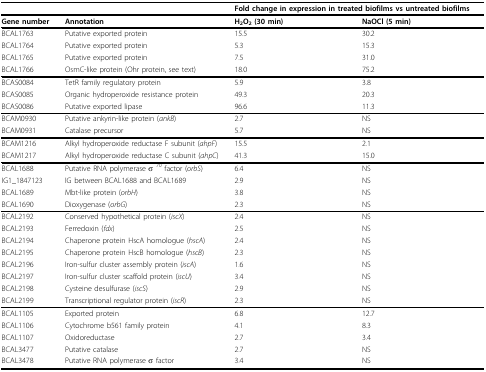
<table><thead><tr><td></td><td></td><td colspan="2"><b>Fold change in expression in treated biofilms vs untreated biofilms</b></td></tr></thead><tbody><tr><td><b>Gene number</b></td><td><b>Annotation</b></td><td><b>H</b><sub><b>2</b></sub><b>O</b><sub><b>2 </b></sub><b>(30 min)</b></td><td><b>NaOCl (5 min)</b></td></tr><tr><td>BCAL1763</td><td>Putative exported protein</td><td>15.5</td><td>30.2</td></tr><tr><td>BCAL1764</td><td>Putative exported protein</td><td>5.3</td><td>15.3</td></tr><tr><td>BCAL1765</td><td>Putative exported protein</td><td>7.5</td><td>31.0</td></tr><tr><td>BCAL1766</td><td>OsmC-like protein (Ohr protein, see text)</td><td>18.0</td><td>75.2</td></tr><tr><td>BCAS0084</td><td>TetR family regulatory protein</td><td>5.9</td><td>3.8</td></tr><tr><td>BCAS0085</td><td>Organic hydroperoxide resistance protein</td><td>49.3</td><td>20.3</td></tr><tr><td>BCAS0086</td><td>Putative exported lipase</td><td>96.6</td><td>11.3</td></tr><tr><td>BCAM0930</td><td>Putative ankyrin-like protein (<i>ankB</i>)</td><td>2.7</td><td>NS</td></tr><tr><td>BCAM0931</td><td>Catalase precursor</td><td>5.7</td><td>NS</td></tr><tr><td>BCAM1216</td><td>Alkyl hydroperoxide reductase F subunit (<i>ahpF</i>)</td><td>15.5</td><td>2.1</td></tr><tr><td>BCAM1217</td><td>Alkyl hydroperoxide reductase C subunit (<i>ahpC</i>)</td><td>41.3</td><td>15.0</td></tr><tr><td>BCAL1688</td><td>Putative RNA polymerase σ <sup>70 </sup>factor (<i>orbS</i>)</td><td>6.4</td><td>NS</td></tr><tr><td>IG1_1847123</td><td>IG between BCAL1688 and BCAL1689</td><td>2.9</td><td>NS</td></tr><tr><td>BCAL1689</td><td>Mbt-like protein (<i>orbH</i>)</td><td>3.8</td><td>NS</td></tr><tr><td>BCAL1690</td><td>Dioxygenase (<i>orbG</i>)</td><td>2.3</td><td>NS</td></tr><tr><td>BCAL2192</td><td>Conserved hypothetical protein (<i>iscX</i>)</td><td>2.4</td><td>NS</td></tr><tr><td>BCAL2193</td><td>Ferredoxin (<i>fdx</i>)</td><td>2.5</td><td>NS</td></tr><tr><td>BCAL2194</td><td>Chaperone protein HscA homologue (<i>hscA</i>)</td><td>2.4</td><td>NS</td></tr><tr><td>BCAL2195</td><td>Chaperone protein HscB homologue (<i>hscB</i>)</td><td>2.3</td><td>NS</td></tr><tr><td>BCAL2196</td><td>Iron-sulfur cluster assembly protein (<i>iscA</i>)</td><td>1.6</td><td>NS</td></tr><tr><td>BCAL2197</td><td>Iron-sulfur cluster scaffold protein (<i>iscU</i>)</td><td>3.4</td><td>NS</td></tr><tr><td>BCAL2198</td><td>Cysteine desulfurase (<i>iscS</i>)</td><td>2.9</td><td>NS</td></tr><tr><td>BCAL2199</td><td>Transcriptional regulator protein (<i>iscR</i>)</td><td>2.3</td><td>NS</td></tr><tr><td>BCAL1105</td><td>Exported protein</td><td>6.8</td><td>12.7</td></tr><tr><td>BCAL1106</td><td>Cytochrome b561 family protein</td><td>4.1</td><td>8.3</td></tr><tr><td>BCAL1107</td><td>Oxidoreductase</td><td>2.7</td><td>3.4</td></tr><tr><td>BCAL3477</td><td>Putative catalase</td><td>2.7</td><td>NS</td></tr><tr><td>BCAL3478</td><td>Putative RNA polymerase σ factor</td><td>3.4</td><td>NS</td></tr></tbody></table>